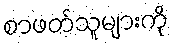
စာဖတ်သူများကို